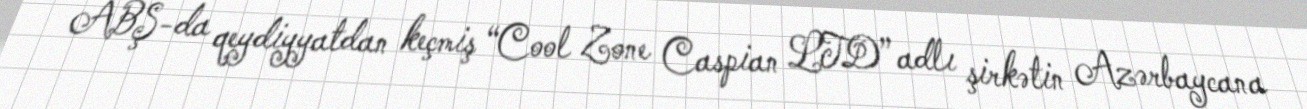
ABŞ-da qeydiyyatdan keçmiş “Cool Zone Caspian LTD” adlı şirkətin Azərbaycana